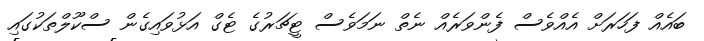
ބައެއް ފަހަރަށް އެއްވެސް ފެންވަރެއް ނެތް ނަމަވެސް ޓީޗަރުގެ ޓެގް އަޅުވައިގެން ސްކޫލްތަކުގައި